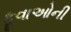
કૂવાઓની